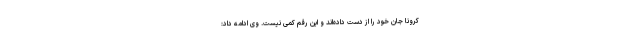
کرونا جان خود را از دست داده‌اند و این رقم کمی نیست. وی ادامه داد: